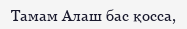
Тамам Алаш бас қосса,